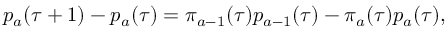
p _ { a } ( \tau + 1 ) - p _ { a } ( \tau ) = \pi _ { a - 1 } ( \tau ) p _ { a - 1 } ( \tau ) - \pi _ { a } ( \tau ) p _ { a } ( \tau ) ,